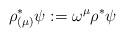
LaTeX: \begin{align*} \rho^{*}_{(\mu)} \psi := \omega^{\mu} \rho^{*}\psi \end{align*}